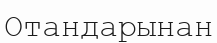
Отандарынан